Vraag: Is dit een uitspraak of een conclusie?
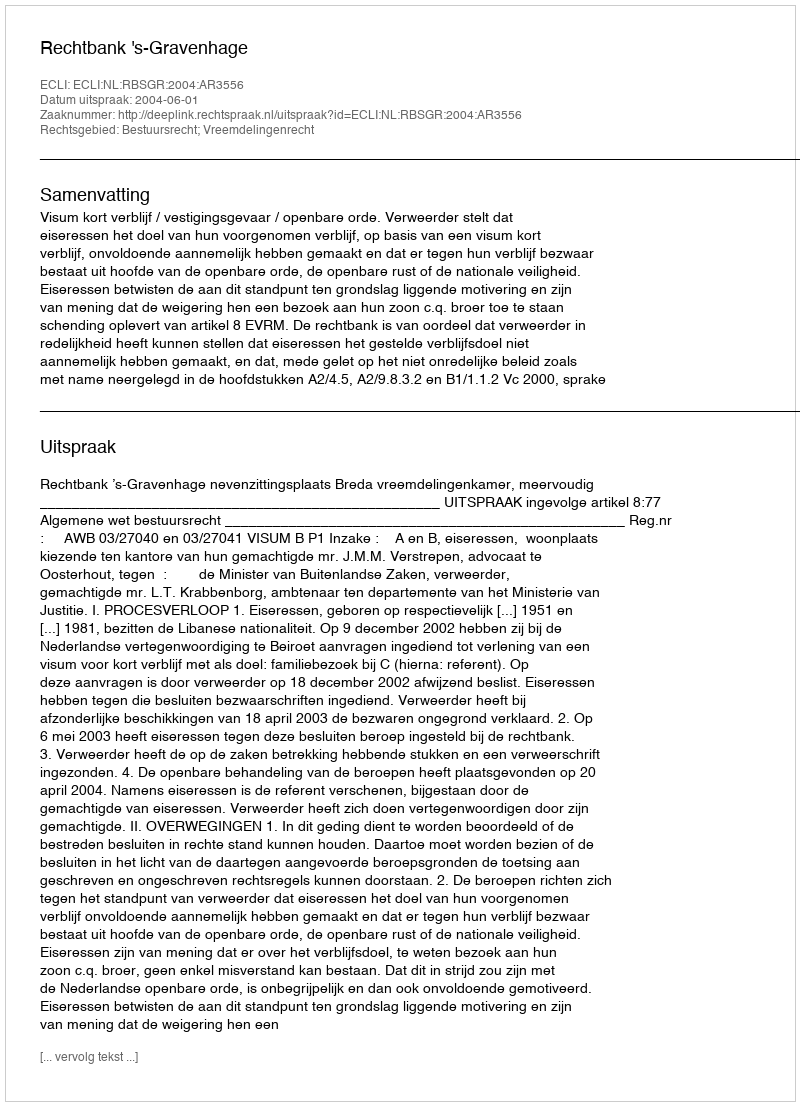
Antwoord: Uitspraak